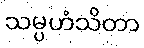
သမ္ပဟံသိတာ